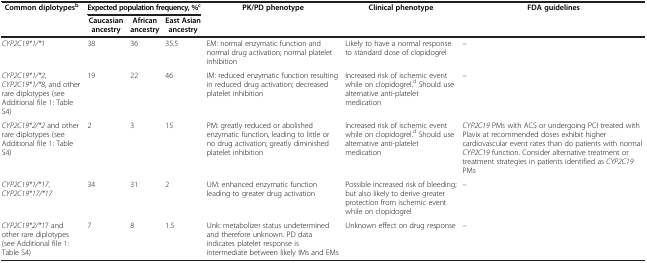
| <ROWSPAN=2> Common diplotypesb | <COLSPAN=3> Expected population frequency, %c | <ROWSPAN=2> PK/PD phenotype | <ROWSPAN=2> Clinical phenotype | <ROWSPAN=2> FDA guidelines |
 | Caucasian ancestry | African ancestry | East Asian ancestry |
 | --- | --- | --- | --- | --- | --- | --- |
 | CYP2C19*1/*1 | 38 | 36 | 35.5 | EM: normal enzymatic function and normal drug activation; normal platelet inhibition | Likely to have a normal response to standard dose of clopidogrel | – |
 | CYP2C19*1/*2, CYP2C19*1/*8, and other rare diplotypes (see Additional file 1: Table S4) | 19 | 22 | 46 | IM: reduced enzymatic function resulting in reduced drug activation; decreased platelet inhibition | Increased risk of ischemic event while on clopidogrel.d Should use alternative anti-platelet medication | – |
 | CYP2C19*2/*2 and other rare diplotypes (see Additional file 1: Table S4) | 2 | 3 | 15 | PM: greatly reduced or abolished enzymatic function, leading to little or no drug activation; greatly diminished platelet inhibition | Increased risk of ischemic event while on clopidogrel.d Should use alternative anti-platelet medication | CYP2C19 PMs with ACS or undergoing PCI treated with Plavix at recommended doses exhibit higher cardiovascular event rates than do patients with normal CYP2C19 function. Consider alternative treatment or treatment strategies in patients identified as CYP2C19 PMs |
 | CYP2C19*1/*17, CYP2C19*17/*17 | 34 | 31 | 2 | UM: enhanced enzymatic function leading to greater drug activation | Possible increased risk of bleeding; but also likely to derive greater protection from ischemic event while on clopidogrel | – |
 | CYP2C19*2/*17 and other rare diplotypes (see Additional file 1: Table S4) | 7 | 8 | 1.5 | Unk: metabolizer status undetermined and therefore unknown. PD data indicates platelet response is intermediate between likely IMs and EMs | Unknown effect on drug response | – |